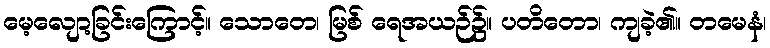
မေ့လျော့ခြင်းကြောင့်။ သောတေ၊ မြစ် ရေအယဉ်၌။ ပတိတော၊ ကျခဲ့၏။ တမေနံ၊